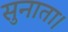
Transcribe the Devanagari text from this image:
सुनाता।